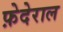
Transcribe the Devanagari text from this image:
फ़ेदेराल